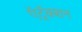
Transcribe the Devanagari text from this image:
ऍट्रॅक्शन